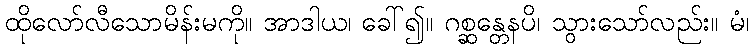
ထိုလော်လီသောမိန်းမကို။ အာဒါယ၊ ခေါ်၍။ ဂစ္ဆန္တေနပိ၊ သွားသော်လည်း။ မံ၊